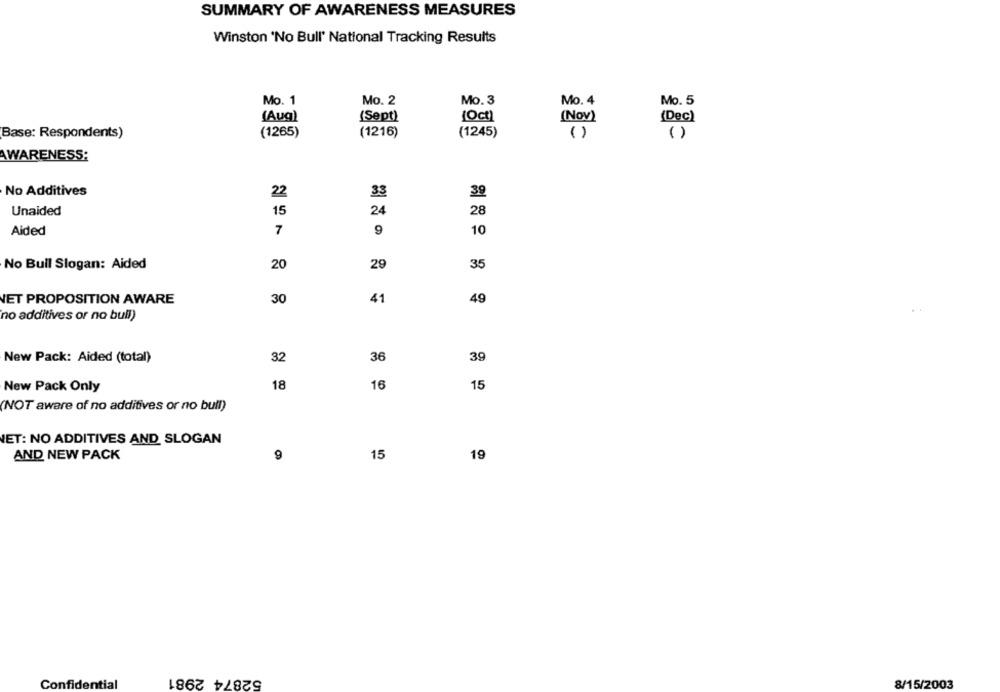
SUMMARY OF AWARENESS MEASURES
Winston 'No Bull' National Tracking Results
Mo. 1
Mo. 2
Mo. 3
Mo. 4
Mo. 5
(Aug)
(Sept)
(Oct)
(Dec)
(Nov)
Base: Respondents)
(1265)
(1216)
(1245)
( )
( )
AWARENESS:
No Additives
22
33
39
Unaided
15
24
28
Aided
7
9
10
No Bull Slogan: Aided
20
29
35
NET PROPOSITION AWARE
30
41
49
no additives or no bull)
New Pack: Aided (total)
32
36
39
New Pack Only
18
16
15
(NOT aware of no additives or no bull)
NET: NO ADDITIVES AND SLOGAN
AND NEW PACK
9
15
19
52874 2981
8/15/2003
Confidential